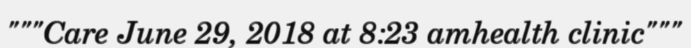
"""Care June 29, 2018 at 8:23 amhealth clinic"""